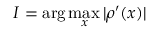
I = \arg \operatorname* { m a x } _ { x } | \rho ^ { \prime } ( x ) |